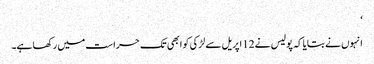
‘
انہوں نے بتایا کہ پولیس نے 12 اپریل سے لڑکی کو ابھی تک حراست میں رکھا ہے۔